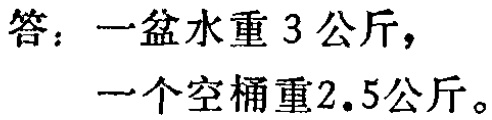
答：一盆水重 3 公斤，
一个空桶重2.5公斤。